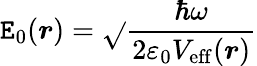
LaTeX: \mathtt{E}_{0}(\boldsymbol{r})=\sqrt{}{{\frac{{\hbar\omega}}{{2\varepsilon_{0}V_{\mathrm{{eff}}}(\boldsymbol{r})}}}}